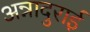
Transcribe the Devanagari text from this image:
अन्नादुराई